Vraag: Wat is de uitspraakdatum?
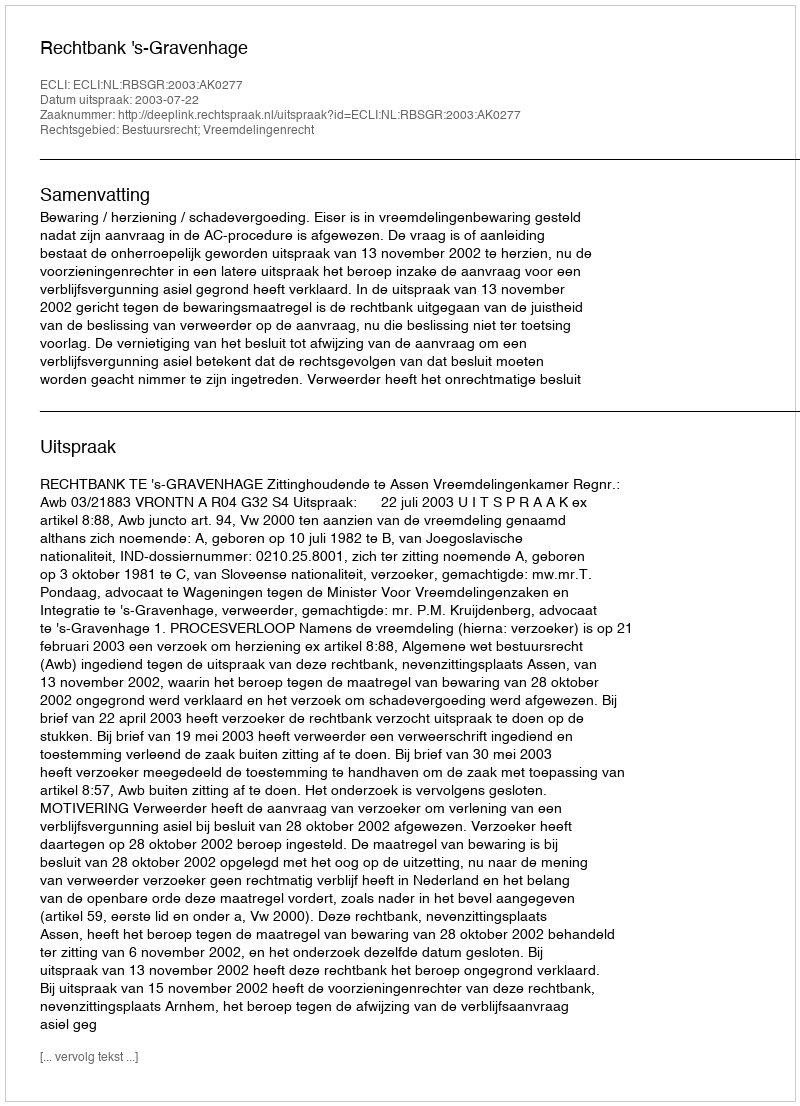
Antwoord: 2003-07-22